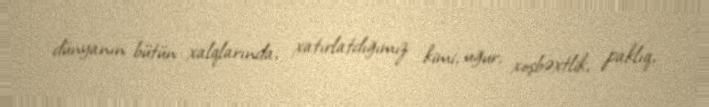
dünyanın bütün xalqlarında, xatırlatdığımız kimi, uğur, xoşbəxtlik, paklıq,